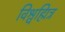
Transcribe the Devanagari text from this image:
विश्वह्मित्र